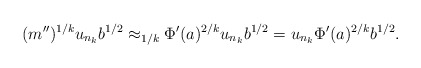
\begin{align*}(m'')^{1/k} u_{n_k} b^{1/2} \approx_{1/k} \Phi'(a)^{2/k} u_{n_k} b^{1/2} = u_{n_k} \Phi'(a)^{2/k} b^{1/2}.\end{align*}